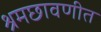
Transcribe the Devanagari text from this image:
श्रमछावणीत